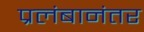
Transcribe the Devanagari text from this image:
प्रलंबानंतर